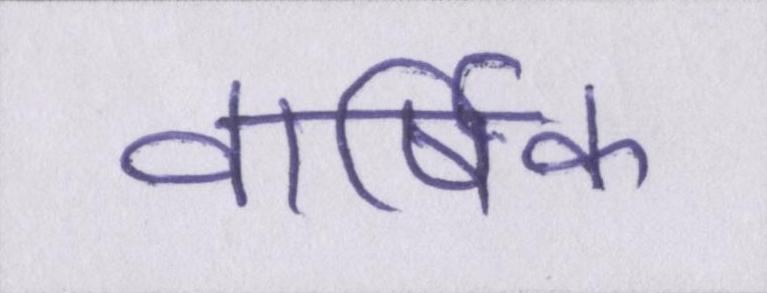
वार्षिक